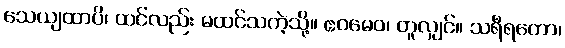
သေယျထာပိ၊ ထင်လည်း မထင်သကဲ့သို့။ ဧဝမေဝ၊ တူလျှင်။ သရီရတော၊